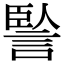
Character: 𧨭